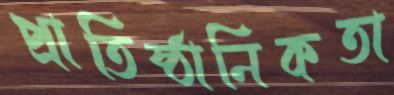
প্রাতিষ্ঠানিকতা